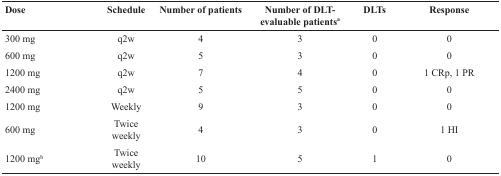
<table><thead><tr><td><b>Dose</b></td><td><b>Schedule</b></td><td><b>Number of patients</b></td><td><b>Number of DLT-evaluable patients<sup>a</sup></b></td><td><b>DLTs</b></td><td><b>Response</b></td></tr></thead><tbody><tr><td>300 mg</td><td>q2w</td><td>4</td><td>3</td><td>0</td><td>0</td></tr><tr><td>600 mg</td><td>q2w</td><td>5</td><td>3</td><td>0</td><td>0</td></tr><tr><td>1200 mg</td><td>q2w</td><td>7</td><td>4</td><td>0</td><td>1 CRp, 1 PR</td></tr><tr><td>2400 mg</td><td>q2w</td><td>5</td><td>5</td><td>0</td><td>0</td></tr><tr><td>1200 mg</td><td>Weekly</td><td>9</td><td>3</td><td>0</td><td>0</td></tr><tr><td>600 mg</td><td>Twice weekly</td><td>4</td><td>3</td><td>0</td><td>1 HI</td></tr><tr><td>1200 mg<sup>b</sup></td><td>Twice weekly</td><td>10</td><td>5</td><td>1</td><td>0</td></tr></tbody></table>